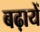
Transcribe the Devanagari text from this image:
बढ़ायें